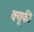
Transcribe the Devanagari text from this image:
क्यूफी